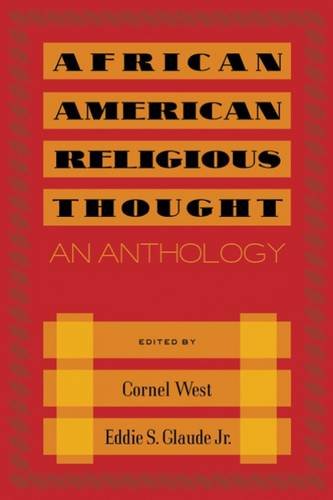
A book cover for African American Religious Thought: An Anthology; Cornel West; Christian Books & Bibles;